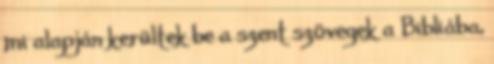
mi alapján kerültek be a szent szövegek a Bibliába,